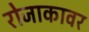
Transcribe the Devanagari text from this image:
रोजाकावर